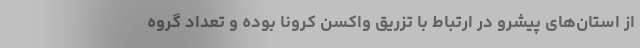
از استان‌های پیشرو در ارتباط با تزریق واکسن کرونا بوده و تعداد گروه